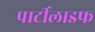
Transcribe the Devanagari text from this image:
पार्टीलाइफ